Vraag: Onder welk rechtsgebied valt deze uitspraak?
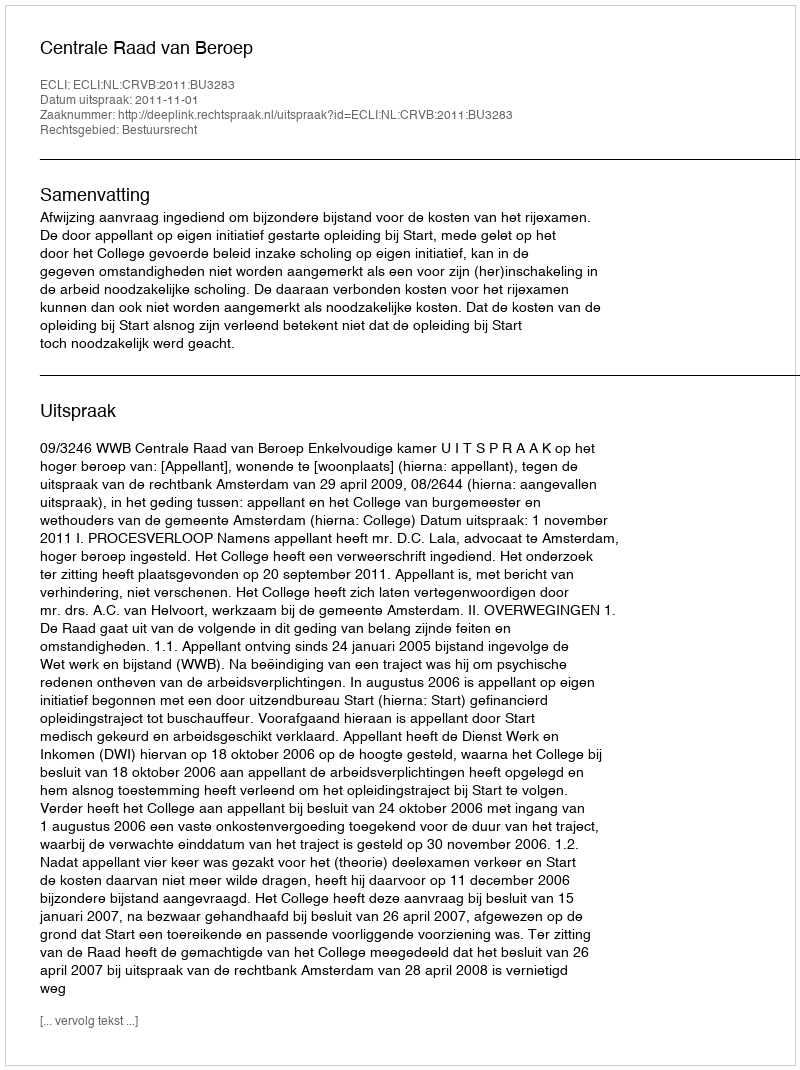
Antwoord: Bestuursrecht